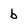
Character: b